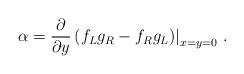
LaTeX: \begin{align*}\alpha = \frac{\partial}{\partial y}\left( f_L g_R - f_R g_L \middle) \right|_{x = y = 0} \,.\end{align*}